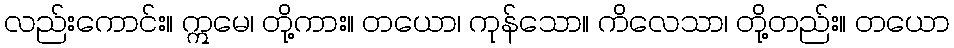
လည်းကောင်း။ ဣမေ၊ တို့ကား။ တယော၊ ကုန်သော။ ကိလေသာ၊ တို့တည်း။ တယော